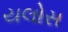
યલોસ